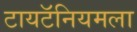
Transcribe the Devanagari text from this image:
टायटॅनियमला